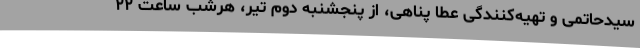
سیدحاتمی و تهیه‌کنندگی عطا پناهی، از پنجشنبه دوم تیر، هرشب ساعت ۲۲